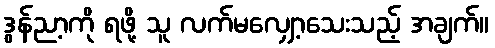
ဒွန်ညာ့ကို ရဖို့ သူ လက်မလျှော့သေးသည့် အချက်။